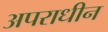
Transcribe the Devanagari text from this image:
अपराधीन